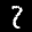
Label: 2